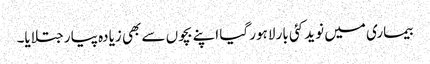
بیماری میں نوید کئی بار لاہور گیا اپنے بچوں سے بھی زیادہ پیار جتلایا۔